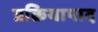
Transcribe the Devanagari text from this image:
प्रक्रियापाद